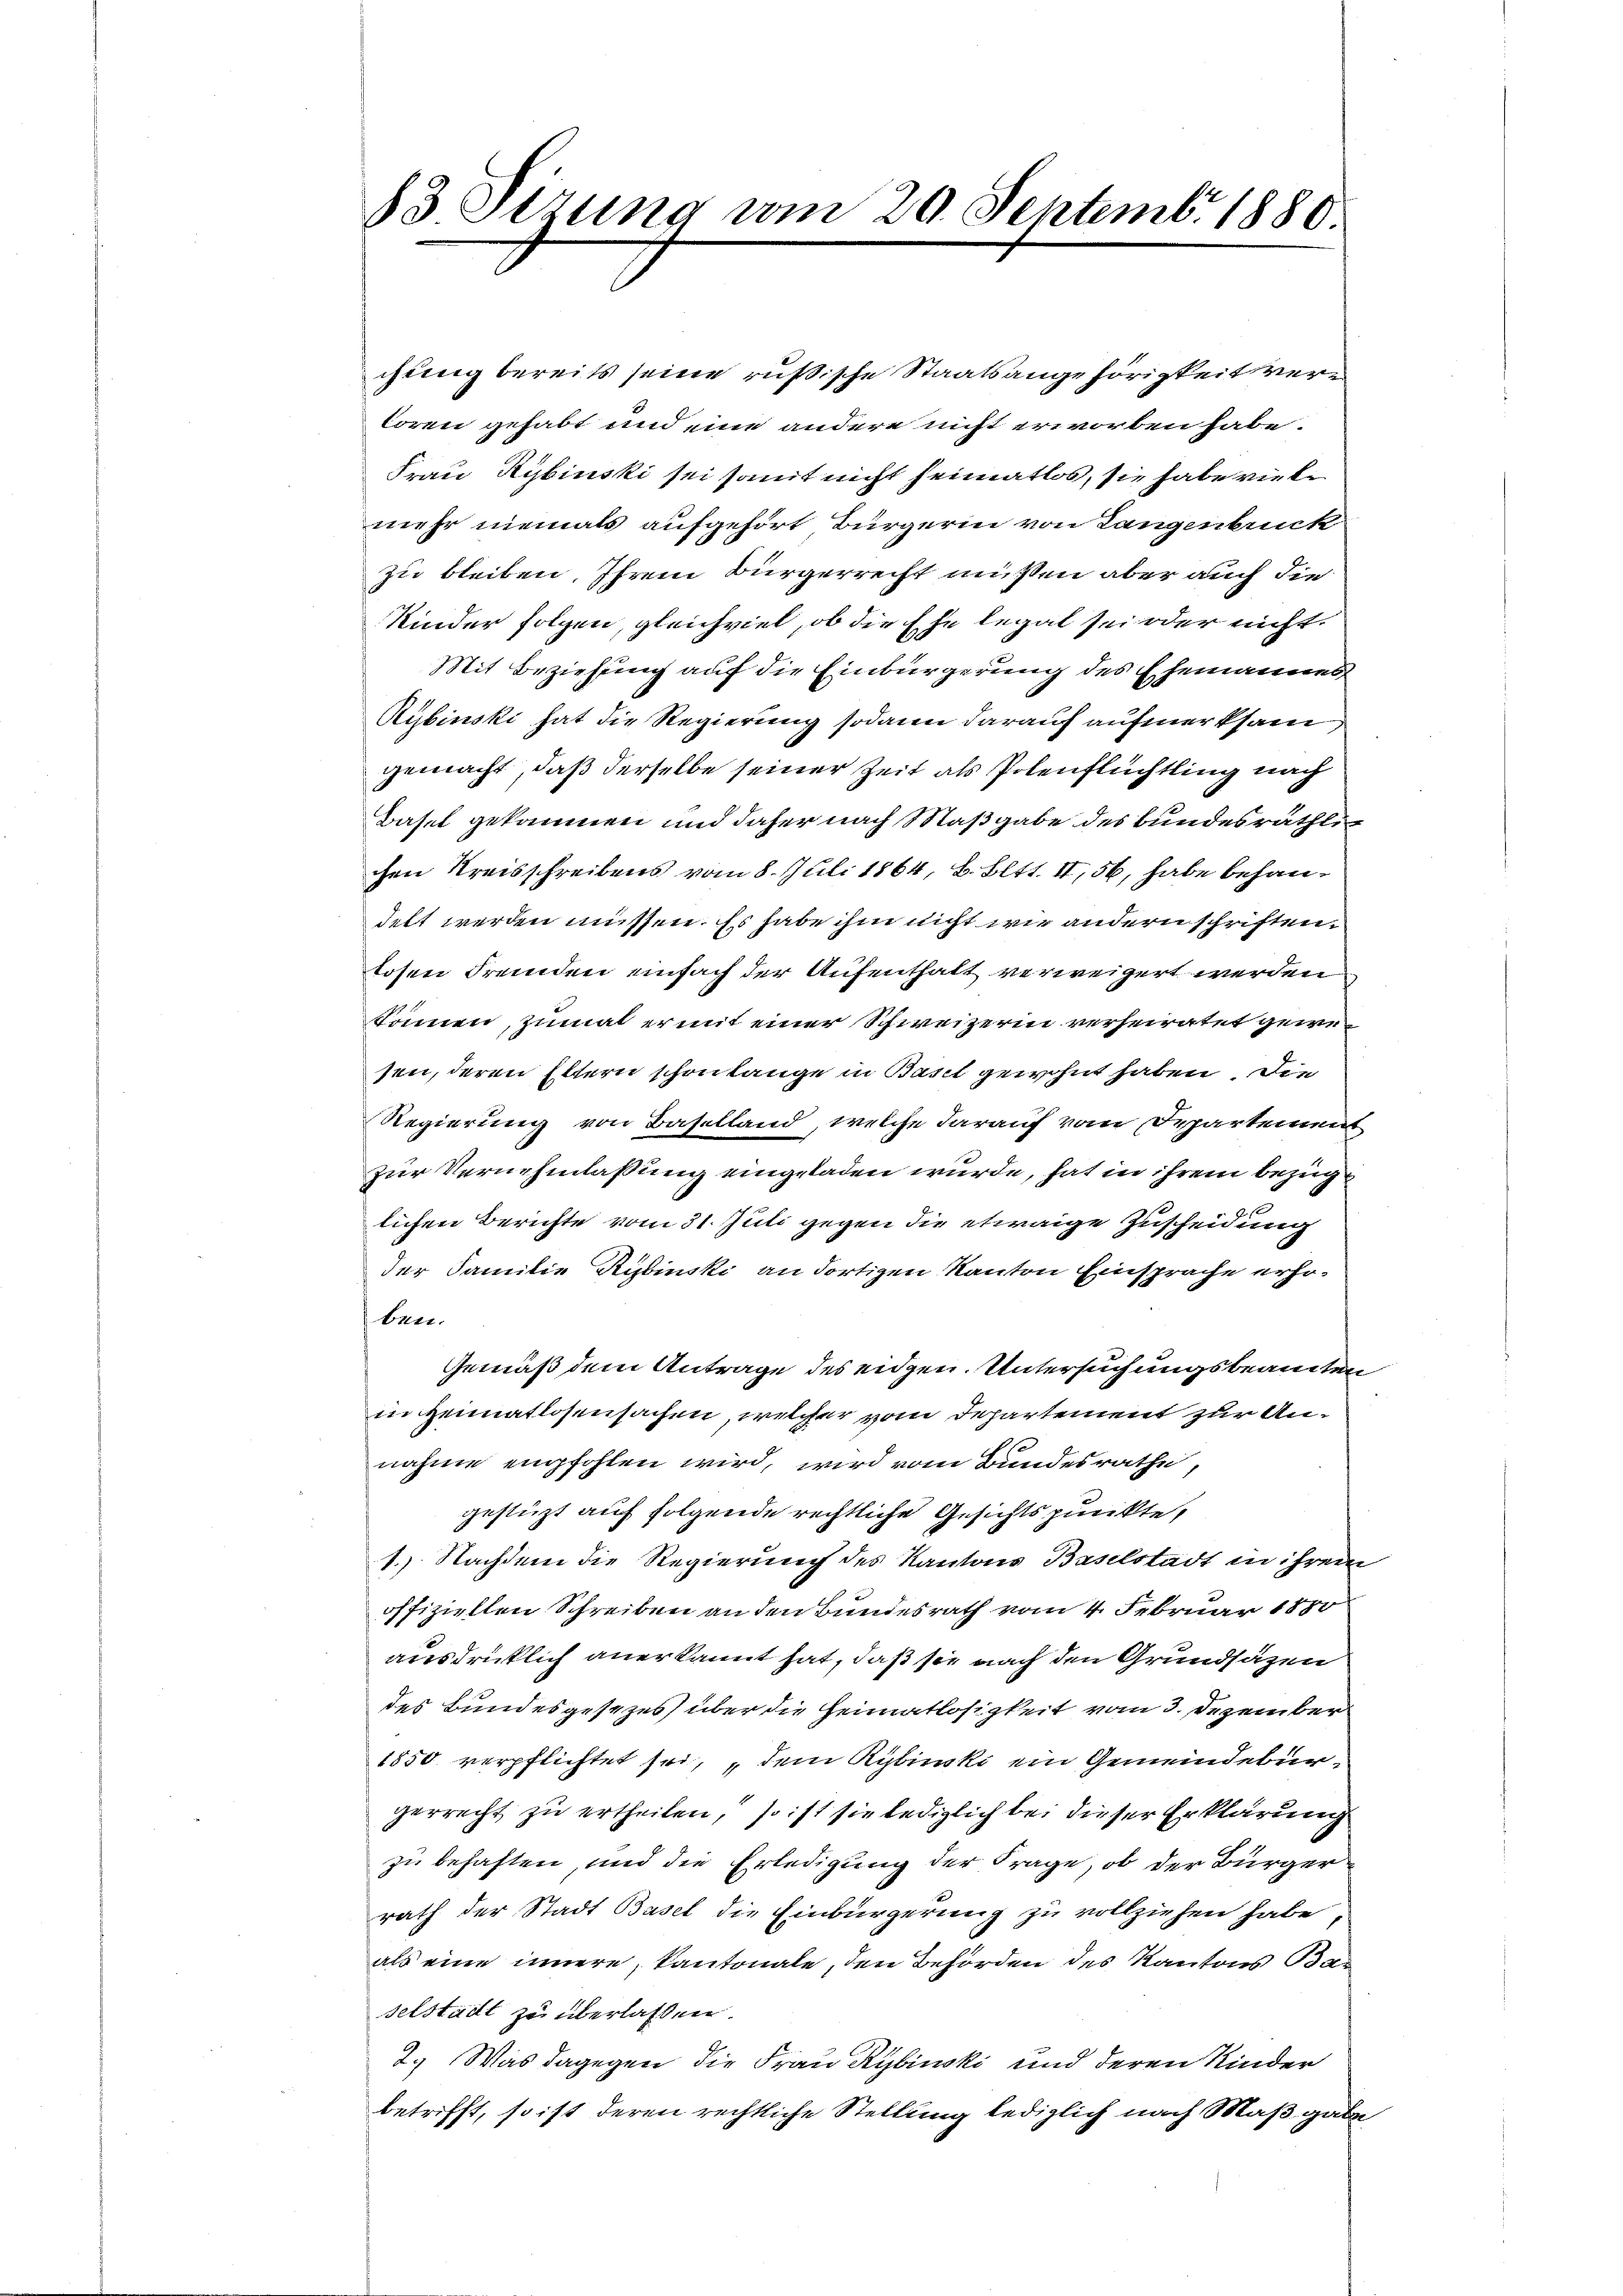
chung bereits seine russische Staatsangehörigkeit vertören gehabt und eine andere nicht erworben habe.
Frau Kybinski sei samt nicht heimatlos, sie habe viele
mehr niemals aufgefort Bürgerin von Langenbruck
zu bleiben, Ihrem Bürgerrecht müßen aber auch die
Kinder folgen, gleichviel, ob die Ehe legal sei oder nicht.
Mit Beziehung auf die Einbürgerung des Ehemannes
Rybinski hat die Regierung sodann darauf aufmerksam
gemacht, daß derselbe seiner Zeit als Polenflüchtling nach
Basel gekommen und daher nach Maßgabe des bundesräthlic
chen Kreisschreibens vom 8. Juli 1864, B. Bett. II, 56, habe behandelt werden müssen. Es habe ihm nicht wie andern schriften.
losen Fremden einfach der Aufenthalt verweigert werden
können, zumal ermit einer Schweizerin verheiratet gewesen, deren Eltern schon lange in Basel gewohnt haben, die
Regierung von Baselland, welche darauf vom Departemen
zur Vernehmlassung eingeladen wurde, hat in ihrem bezüglichen Berichte vom 31. Juli gegen die etwaige Zuscheidung
der Familie Rubinski an dortigen Kanton Einsprache erhoben.
Gemäß dem Antrage des eidgen. Untersuchungsbeamten,
in Heimatlosensachen, welcher vom Departement zur Annahme empfohlen wird, wird vom Bundesrathe,
gestützt auf folgende rechtliche Gesichtspunkte,
1.) Nachdem die Regierung des Kantons Baselstadt in ihrem
offiziellen Schreiben an den Bundesrath vom 4. Februar 1880
ausdrücklich anerkannt hat, daß sie nach den Grundsäzen
des Bundesgesezes über die Heimatlosigkeit vom 3. Dezember
1850 verpflichtet sei, dem Rybinki ein Gemeindebürgerrecht zu ertheilen, so ist sie lediglich bei dieser Erklärung
zu behaften, und die Erledigung der Frage, ob der Bürger-
rath der Stadt Basel die Einbürgerung zu vollziehen habe,
als eine innere, Kantonale, den Behörden des Kantons Ba-
selstadt zu überlassen.
2.) Was dagegen die Frau Rybinski und deren Kinder
betrifft, so ist deren rechtliche Stellung lediglich nach Maßgabe

13 Sizung vom 20. Septembr. 1880.

s